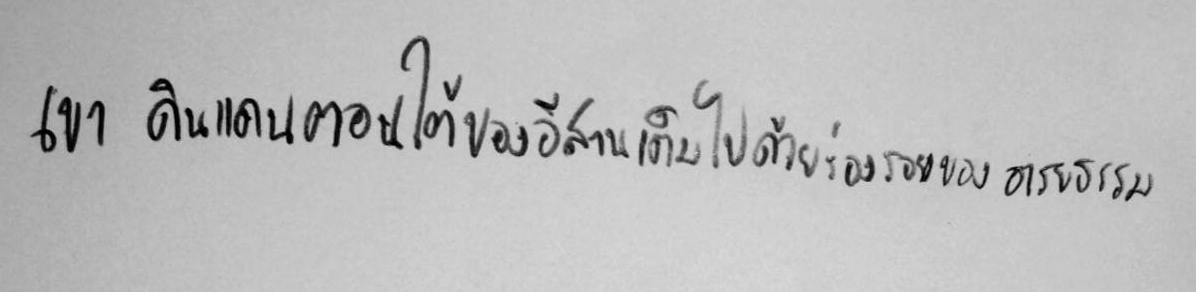
เขา ดินแดนตอนใต้ของอีสานเต็มไปด้วยร่องรอยของอารยธรรม